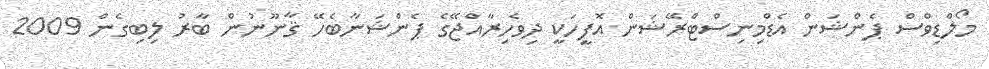
މޯލްޑިވްސް ޕެންޝަން އެޑްމިނިސްޓްރޭޝަން އޮފީހަކީ ދިވެހިރާއްޖޭގެ ޕެންޝަނާބެހޭ ޤާނޫނުން ބާރު ލިބިގެން 2009